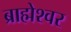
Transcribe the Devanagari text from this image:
ब्राह्मेश्‍वर